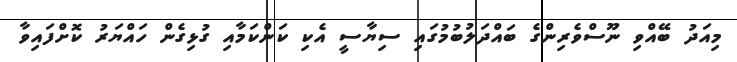
މިއަދު ބޭއްވި ނޫސްވެރިންގެ ބައްދަލުބުމުގައި ސިޔާސީ އެކި ކަންކަމާއި ގުޅިގެން ހައްޔަރު ކޮށްފައިވާ